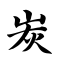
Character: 炭